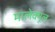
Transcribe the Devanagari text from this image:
मालेक्यूल